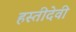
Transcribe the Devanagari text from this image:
हस्तीदेवी